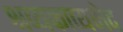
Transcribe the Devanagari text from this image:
श्रव्यकाव्यभेद